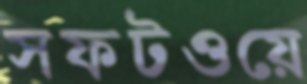
সফটওয়ে